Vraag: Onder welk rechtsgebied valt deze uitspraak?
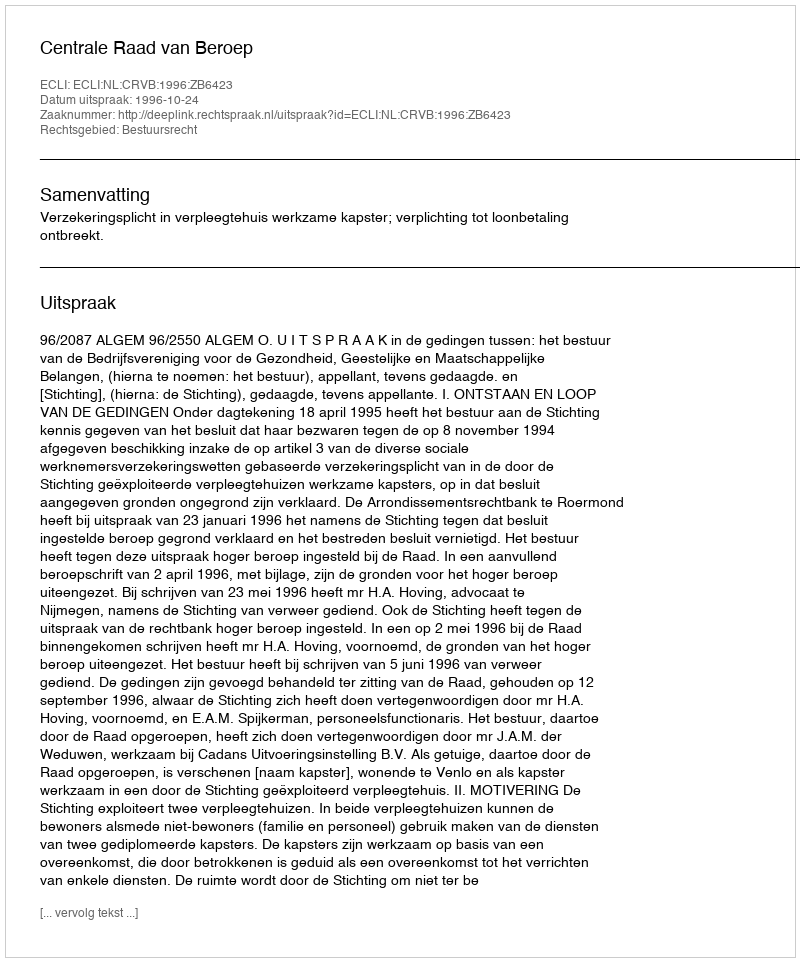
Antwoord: Bestuursrecht